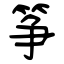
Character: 筝